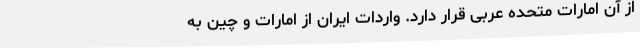
از آن امارات متحده عربی قرار دارد. واردات ایران از امارات و چین به